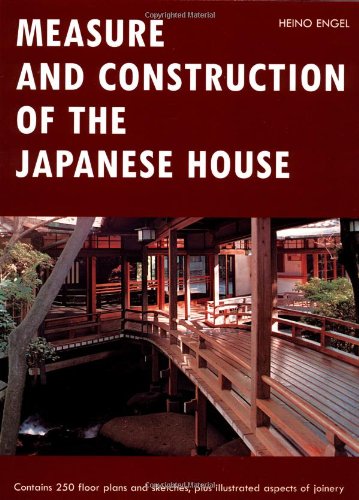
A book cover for Measure and Construction of the Japanese House (Contains 250 Floor Plans and Sketches Aspects of Joinery); Heino Engel; Arts & Photography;